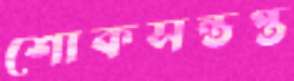
শোকসন্তপ্ত